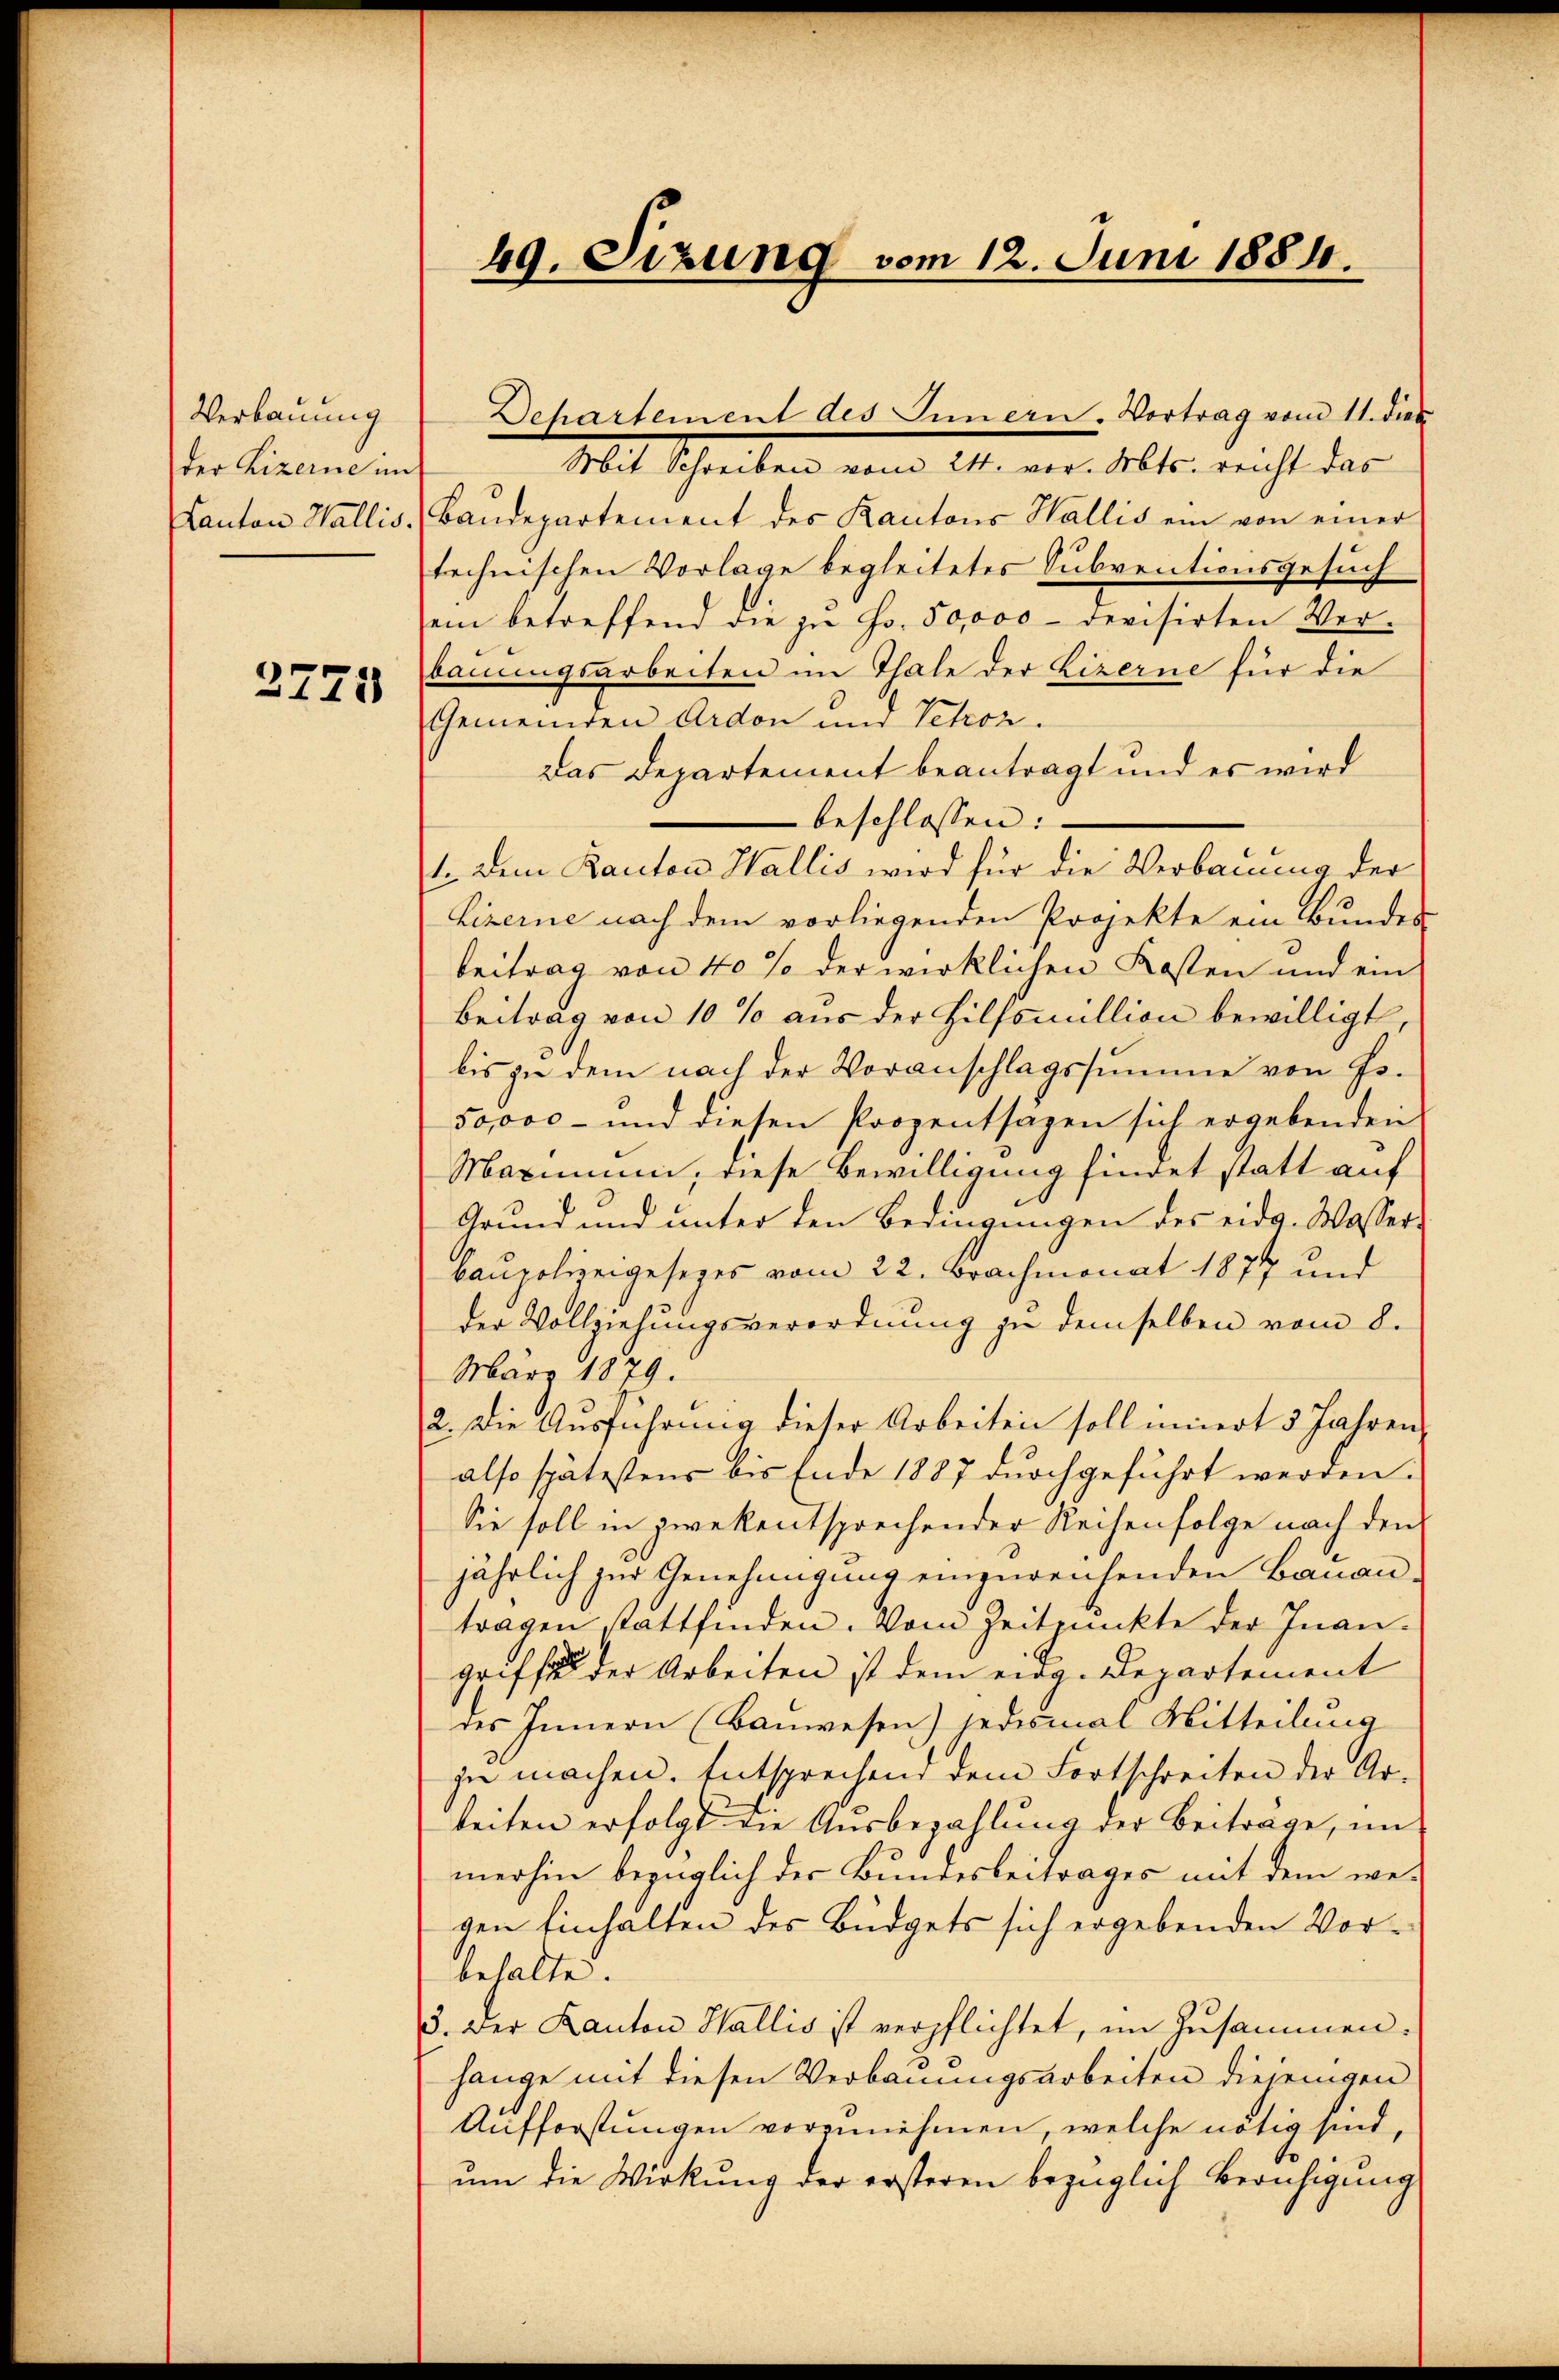
Verbauung
der Lizerne im
Kanton Wallis.

2771

49. Sitzung vom 12. Juni 1881.

Mit Schreiben vom 14t. aus. Also nicht das
Baŭdepartement des Kantons Wallis ein von einer
technischen Vorlage begleitetes Subventionsgesuch
ein betreffend die in Fr. 50,000 - devisirten Ver-
bauungsarbeiten im Thale der Lizerne für die
Gemeinden Ardon und Petroz.
Das Departement beantragt und es wird
beschlossen:
1. Dem Kanton Wallis wird für die Verbauung der
Lizerne nach dem vorliegenden Projekte ein Bundes-
beitrag von 40% der wirklichen Kosten und ein
Beitrag von 10 % aus der Hilfsmillion bewilligt,
bis zu dem nach der Voranschlagssumme von Hs.
50,000 - und diesen Prozentsagen sich ergebenden
Maximum, diese Bewilligung findet statt auf
Grund und unter den Bedingungen des eidg. Wasser-
baupolizeigesezes vom 22. Brachmonat 1877 und
der Vollziehungsverordnung zu demselben vom 8.
März 1879.
2. Die Ausführung dieser Arbeiten soll innert 3 Jahren,
also spätestens bis Ende 1887 durchgeführt werden.
Sie soll in zwekentsprechender Reisenfolge nach den
jährlich zur Genehmigung einzureichenden Banan-
tragen stattfinden. Vom Zeitpunkte der Inan-
griffe der Arbeiten ist dem eing. Departement
des Innern (Bauwesen) jedesmal Mitteilung
zu machen. Entsprechend dem Fortschreiten der Ar-
keiten erfolgt die Ausbezahlung der Beitrage, in
merhin bezüglich der Bundesbeitrages mit dem we-
gen Einhalten des Büdgets sich ergebenden Vorbehalte.
5. Der Kanton Wallis ist verpflichtet, im Zusammen.
hange mit diesen Verbauungsarbeiten diejenigen
Aufforstungen vorzunehmen, welche nötig sind,
um die Wirkung der ersteren bezüglich Beruhigung

Dehartement des Innern. Vortrag vom 11. dies